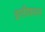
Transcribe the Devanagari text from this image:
इसीकाल